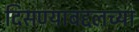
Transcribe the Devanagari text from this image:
दिसण्याबद्दलच्या